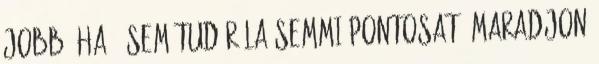
jobb, ha ő sem tud róla semmi pontosat. Maradjon